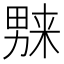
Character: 𱰼